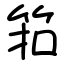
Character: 筘